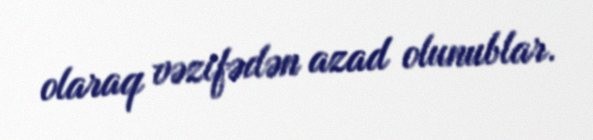
olaraq vəzifədən azad olunublar.